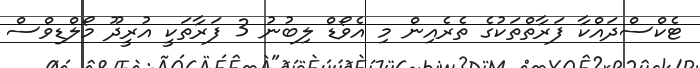
ޓެކްސްދައްކާ ފަރާތްތަކުގެ ތެރެއިން މި އެވޯޑް ލިބުނު 3 ފަރާތަކީ އުރީދޫ މޯލްޑިވްސް